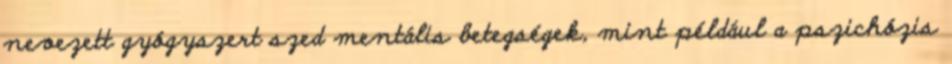
nevezett gyógyszert szed mentális betegségek, mint például a pszichózis